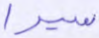
سيرا